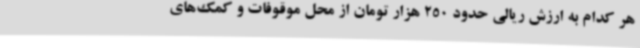
هر کدام به ارزش ریالی حدود 250 هزار تومان از محل موقوفات و کمک‌های